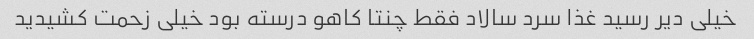
خیلی دیر رسید غذا سرد سالاد فقط چنتا کاهو درسته بود خیلی زحمت کشیدید